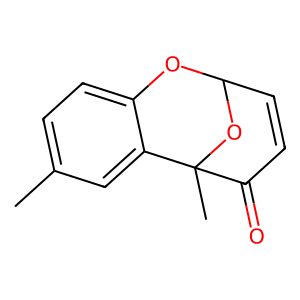
SMILES: Cc1ccc2c(c1)C1(C)OC(C=CC1=O)O2
Inhibits HIV replication: No